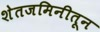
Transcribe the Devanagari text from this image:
शेतजमिनीतून